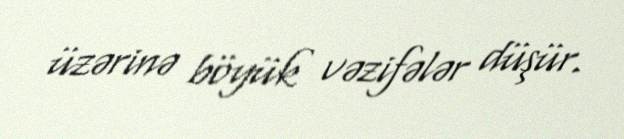
üzərinə böyük vəzifələr düşür.